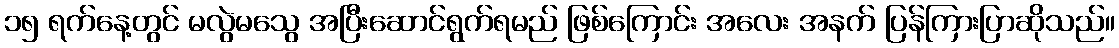
၁၅ ရက်နေ့တွင် မလွဲမသွေ အပြီးဆောင်ရွက်ရမည် ဖြစ်ကြောင်း အလေး အနက် ပြန်ကြားပြာဆိုသည်။